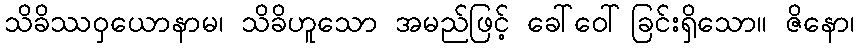
သိခိဿဝှယောနာမ၊ သိခိဟူသော အမည်ဖြင့် ခေါ်ဝေါ်ခြင်းရှိသော။ ဇိနော၊